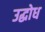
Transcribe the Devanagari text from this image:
उद्घोध